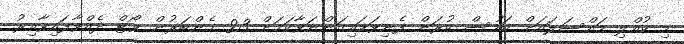
މި ކުއްލި މައްސަލައަށް ބަހުސް ކުރަން ފެނިވަޑައިގަންނަވާކަމަށް 23 މެންބަރުން ވޯޓް ދެއްވާފައިވާއިރު